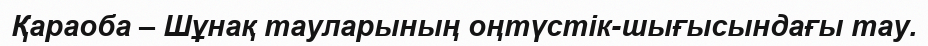
Қараоба – Шұнақ тауларының оңтүстік-шығысындағы тау.